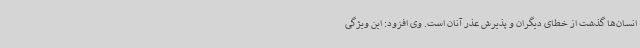
انسان‌ها گذشت از خطای دیگران و پذیرش عذر آنان است. وی افزود: این ویژگی